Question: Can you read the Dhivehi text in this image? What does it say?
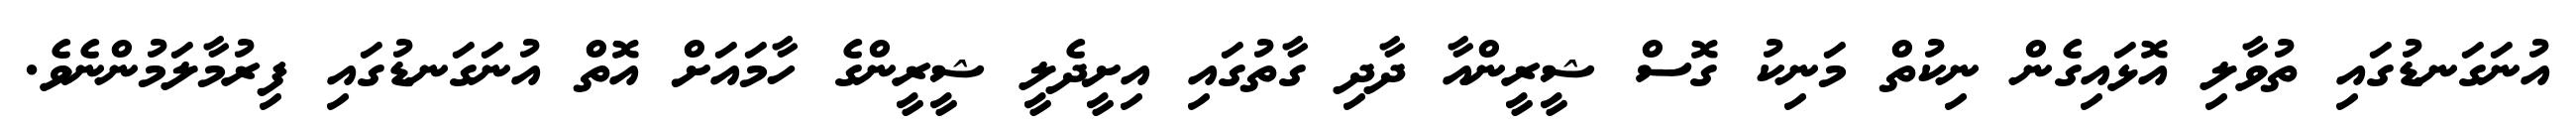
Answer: އުނަގަނޑުގައި ތުވާލި އޮޅައިގެން ނިކުތް މަނިކު ގޮސް ޝީރީންއާ ދާދި ގާތުގައި އިށީދެލީ ޝީރީންގެ ހާމައަށް އޮތް އުނަގަނޑުގައި ފިރުމާލަމުންނެވެ.